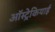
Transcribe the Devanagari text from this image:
ऑस्ट्रेकियाई